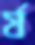
র‍্য